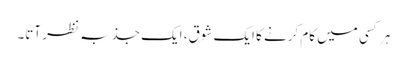
ہر کسی میں کام کرنے کا ایک شوق، ایک جذبہ نظر آتا۔